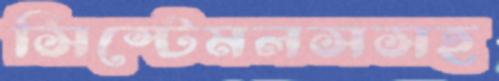
সিস্টেমলসসহ